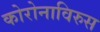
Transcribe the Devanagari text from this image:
कोरोनाविरुस